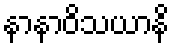
နာနာဝိသယာနိ